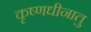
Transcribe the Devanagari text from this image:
कृष्णधीनातु